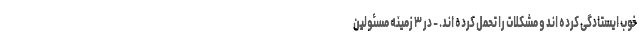
خوب ایستادگی کرده اند و مشکلات را تحمل کرده اند. - در ۳ زمینه مسئولین